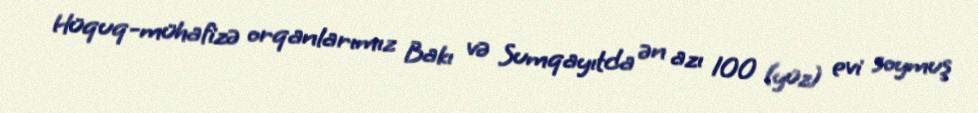
Hüquq-mühafizə orqanlarımız Bakı və Sumqayıtda ən azı 100 (yüz) evi soymuş